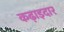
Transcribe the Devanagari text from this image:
कढ़ाइदार